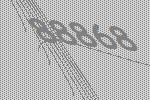
88868